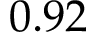
0 . 9 2